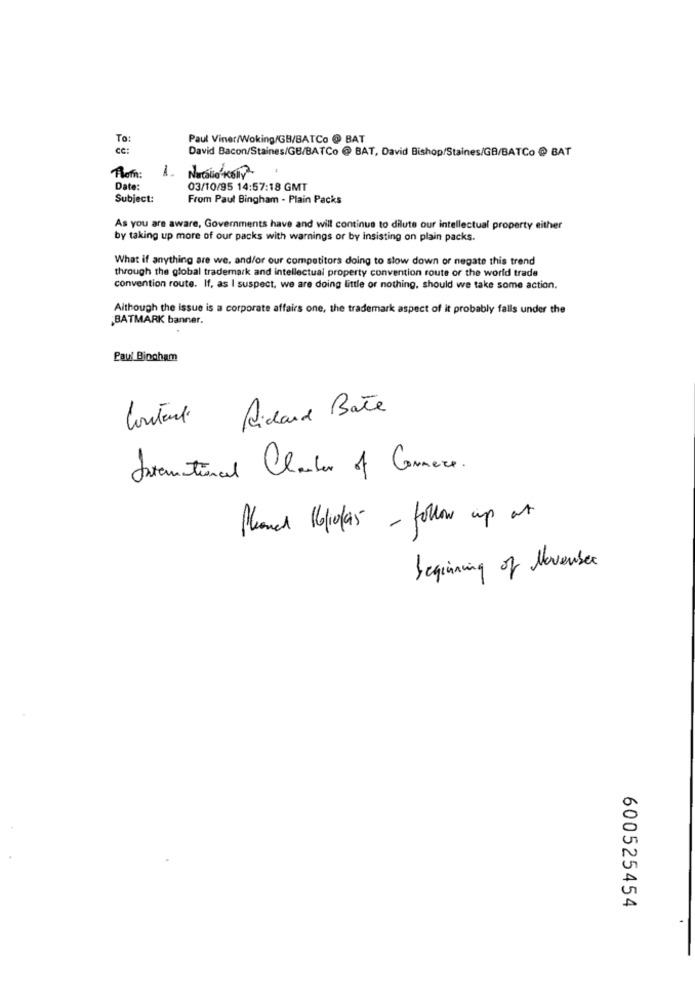
To:
Paul Viner/Woking/GB/BATCo @ BAT
CC :
David Bacon/Staines/GB/BATCo @ BAT, David Bishop/Staines/GB/BATCo @ BAT
1.
Natalia kelly
Rom:
Date:
03/10/95 14:57:18 GMT
Subject:
From Paul Bingham - Plain Packs
As you are aware, Governments have and will continue to dilute our intellectual property either
by taking up more of our packs with warnings or by Insisting on plain packs.
What if anything are we, and/or our competitors doing to slow down or negate this trend
through the global trademark and intellectual property convention route or the world trade
convention route. If, as I suspect, we are doing little or nothing, should we take some action.
Although the issue is a corporate affairs one, the trademark aspect of it probably falls under the
BATMARK banner.
Paul Bingham
Contanti Richard Bate
International Chamber of Commerce .
Planch 16/10/as - follow up at
beginning of November
600525454